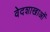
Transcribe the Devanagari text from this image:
वेदशाखाओं